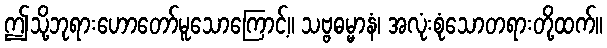
ဤသို့ဘုရားဟောတော်မူသောကြောင့်။ သဗ္ဗဓမ္မာနံ၊ အလုံးစုံသောတရားတို့ထက်။